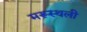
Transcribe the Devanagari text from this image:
मरूस्थली